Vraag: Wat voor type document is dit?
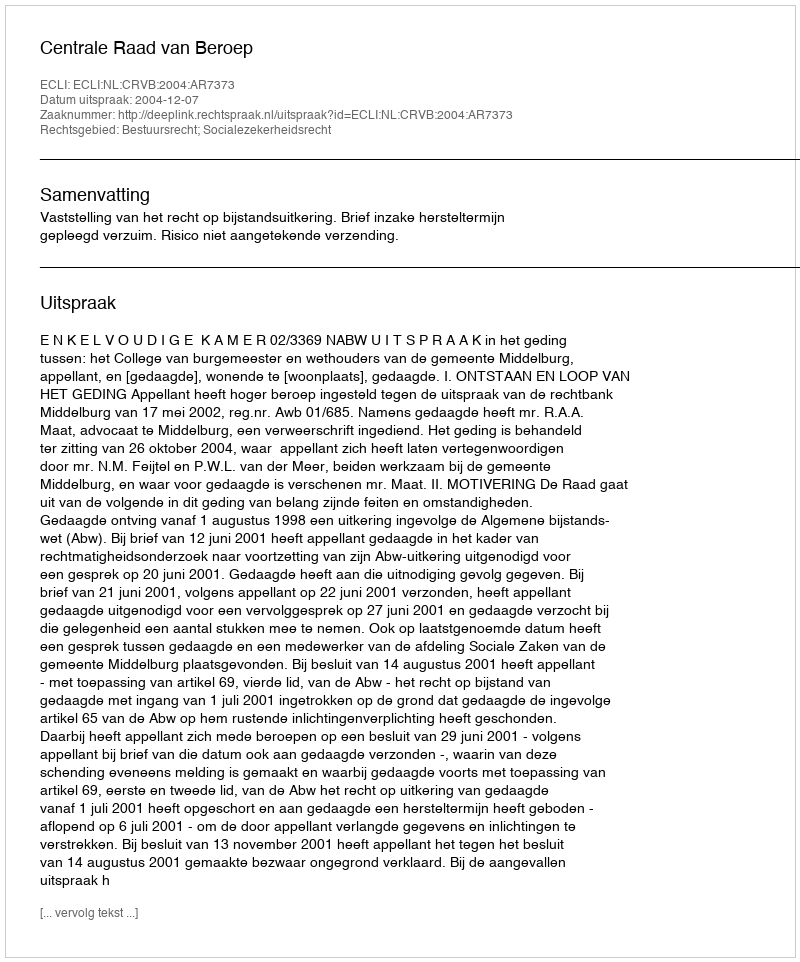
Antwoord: Uitspraak